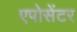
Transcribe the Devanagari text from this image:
एपोसेंटर